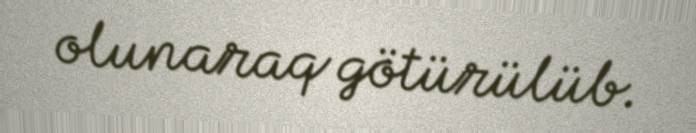
olunaraq götürülüb.